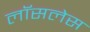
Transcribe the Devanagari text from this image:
लॉसलेस